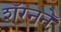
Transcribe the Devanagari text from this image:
शॅरनने